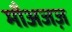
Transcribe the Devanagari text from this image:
मौअजज़